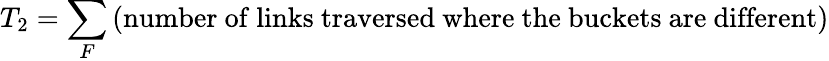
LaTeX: T_{2}=\sum_{F}{\mathrm{(number~of~links~traversed~where~the~buckets~are~different)}}